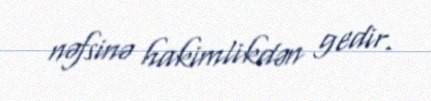
nəfsinə hakimlikdən gedir.